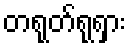
တရုတ်ရုရှား